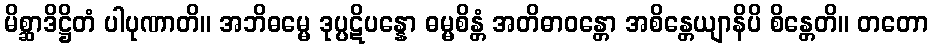
မိစ္ဆာဒိဋ္ဌိတံ ပါပုဏာတိ။ အဘိဓမ္မေ ဒုပ္ပဋိပန္နော ဓမ္မစိန္တံ အတိဓာဝန္တော အစိန္တေယျာနိပိ စိန္တေတိ။ တတော